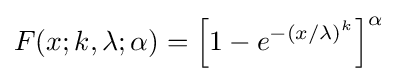
F(x;k,\lambda ;\alpha )=\left[1-e^{-(x/\lambda )^{k}}\right]^{\alpha }